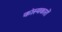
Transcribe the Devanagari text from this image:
कांस्यकारों